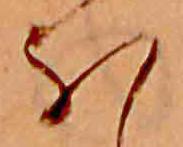
ほ